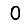
Digit: 0